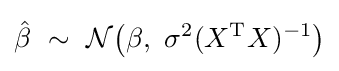
{\hat {\beta }}\ \sim \ {\mathcal {N}}{\big (}\beta ,\ \sigma ^{2}(X^{\mathrm {T} }X)^{-1}{\big )}